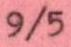
9/5